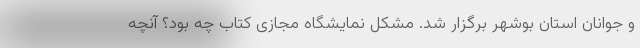
و جوانان استان بوشهر برگزار شد. مشکل نمایشگاه مجازی کتاب چه بود؟ آنچه